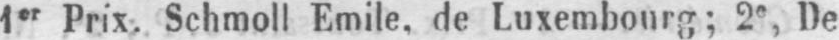
1er Prix. Schmoll Emile, de Luxembourg; 2e, De